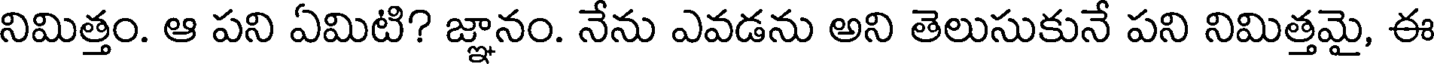
నిమిత్తం. ఆ పని ఏమిటి? జ్ఞానం. నేను ఎవడను అని తెలుసుకునే పని నిమిత్తమై, ఈ